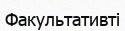
Факультативті